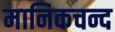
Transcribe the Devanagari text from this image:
मानिकचन्द